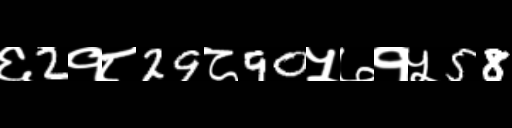
Text: ६2१८29८90५७१५58